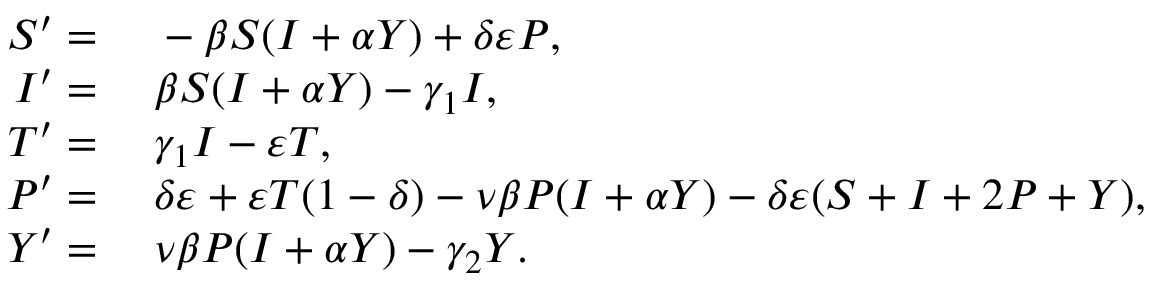
\begin{array} { r l } { S ^ { \prime } = } & { { } \; - \beta S ( I + \alpha Y ) + \delta \varepsilon P , } \\ { I ^ { \prime } = } & { { } \; \beta S ( I + \alpha Y ) - \gamma _ { 1 } I , } \\ { T ^ { \prime } = } & { { } \; \gamma _ { 1 } I - \varepsilon T , } \\ { P ^ { \prime } = } & { { } \; \delta \varepsilon + \varepsilon T ( 1 - \delta ) - \nu \beta P ( I + \alpha Y ) - \delta \varepsilon ( S + I + 2 P + Y ) , } \\ { Y ^ { \prime } = } & { { } \; \nu \beta P ( I + \alpha Y ) - \gamma _ { 2 } Y . } \end{array}